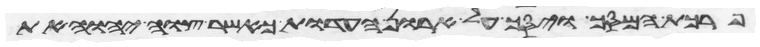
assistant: פרכת המסך ויסך על ארון העדות כאשר צוה יהוה את